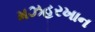
મઝહરખાન